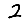
Digit: 2